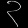
Digit: ၃